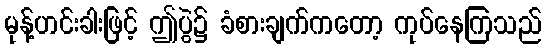
မုန့်ဟင်းခါးဖြင့် ဤပွဲ၌ ခံစားချက်ကတော့ ကုပ်နေကြသည်